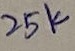
Text: 25K